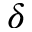
\delta